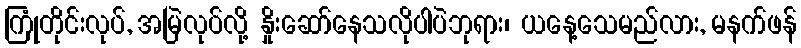
ကြုံတိုင်းလုပ်, အမြဲလုပ်လို့ နှိုးဆော်နေသလိုပါပဲဘုရား၊ ယနေ့သေမည်လား, မနက်ဖန်